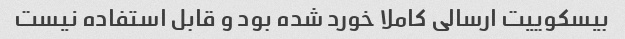
بیسکوییت ارسالی کاملا خورد شده بود و قابل استفاده نیست